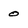
Character: 0